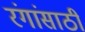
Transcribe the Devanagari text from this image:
रंगांसाठी